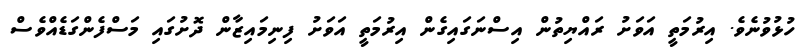
ހުޅުވުނެވެ. އިރުމަތީ އަވަށު ރައްޔިތުން އިސްނަގައިގެން އިރުމަތީ އަވަށު ފިނިމައިޒާން ދޮށުގައި މަސްފެންގަޑެއްވެސް